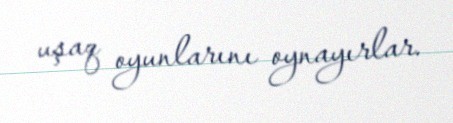
uşaq oyunlarını oynayırlar.